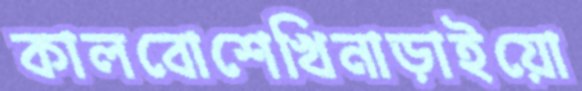
কালবোশেখিনাড়াইয়ো